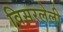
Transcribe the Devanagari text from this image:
विसरलेली